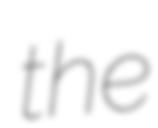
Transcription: the